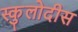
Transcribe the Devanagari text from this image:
स्कुलोदीस